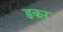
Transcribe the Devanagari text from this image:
डकर